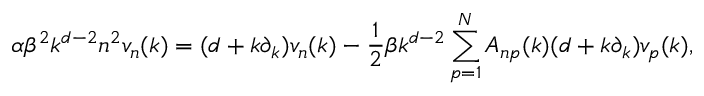
\alpha \beta ^ { 2 } k ^ { d - 2 } n ^ { 2 } v _ { n } ( k ) = ( d + k \partial _ { k } ) v _ { n } ( k ) - { \frac { 1 } { 2 } } \beta k ^ { d - 2 } \sum _ { p = 1 } ^ { N } A _ { n p } ( k ) ( d + k \partial _ { k } ) v _ { p } ( k ) ,